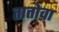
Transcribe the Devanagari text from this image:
तातोवा